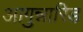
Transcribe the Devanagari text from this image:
आगुन्नारिड